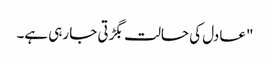
"عادل کی حالت بگڑتی جا رہی ہے۔